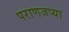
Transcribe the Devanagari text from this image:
पराणजप्या